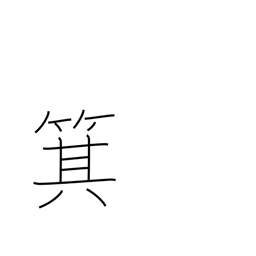
Meaning: winnowing